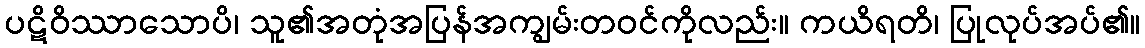
ပဋိဝိဿာသောပိ၊ သူ၏အတုံအပြန်အကျွမ်းတဝင်ကိုလည်း။ ကယိရတိ၊ ပြုလုပ်အပ်၏။